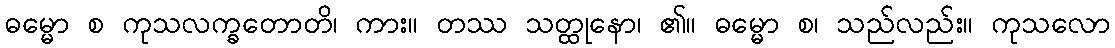
ဓမ္မော စ ကုသလက္ခတောတိ၊ ကား။ တဿ သတ္ထုနော၊ ၏။ ဓမ္မော စ၊ သည်လည်း။ ကုသလော